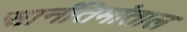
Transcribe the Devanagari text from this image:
सानंतिमांताल